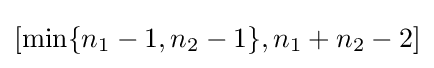
\left[\min\{n_{1}-1,n_{2}-1\},n_{1}+n_{2}-2\right]